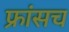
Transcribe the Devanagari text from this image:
फ्रांसच